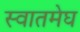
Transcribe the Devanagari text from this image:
स्वातमेघ